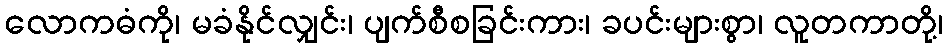
လောကဓံကို၊ မခံနိုင်လျှင်း၊ ပျက်စီစခြင်းကား၊ ခပင်းများစွာ၊ လူတကာတို့၊